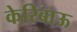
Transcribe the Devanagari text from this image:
केरिबाऊ